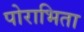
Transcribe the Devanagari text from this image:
पोराभिता